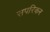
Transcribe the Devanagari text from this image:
सपरिकर